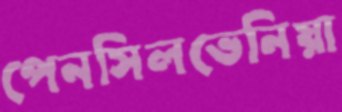
পেনসিলভেনিয়া